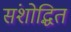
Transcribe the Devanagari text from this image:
संशोद्धित